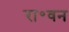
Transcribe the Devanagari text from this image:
रा॰वन